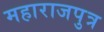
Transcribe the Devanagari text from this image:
महाराजपुत्र